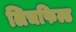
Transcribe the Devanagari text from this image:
लिचफिल्ड